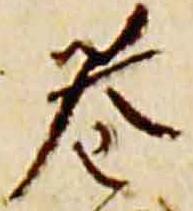
巷